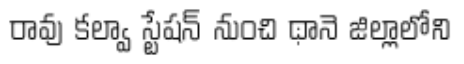
రావు కల్వా స్టేషన్ నుంచి థానె జిల్లాలోని